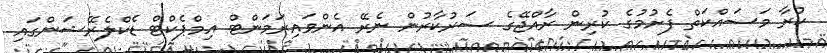
ކުރާ މަސައްކަތް ފެށުމުގެ ކުރިން ރާއްޖޭގެ ސަރުކާރުން ނެރޭ އެންވައިރަމަންޓް އިމްޕެކްޓް ޑެކްލެރޭޝަންގައި